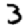
Digit: 3